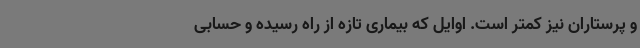
و پرستاران نیز کمتر است. اوایل که بیماری تازه از راه رسیده و حسابی